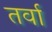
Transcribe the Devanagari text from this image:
तर्वा